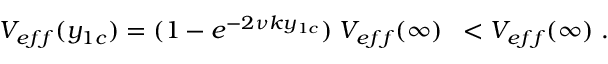
V _ { e f f } ( y _ { 1 c } ) = ( 1 - e ^ { - 2 \nu k y _ { 1 c } } ) \; V _ { e f f } ( \infty ) \; \; < V _ { e f f } ( \infty ) \; .